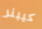
كيبنر